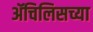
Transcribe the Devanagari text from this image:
ॲचिलिसच्या